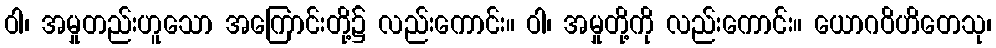
ဝါ၊ အမှုတည်းဟူသော အကြောင်းတို့၌ လည်းကောင်း။ ဝါ၊ အမှုတို့ကို လည်းကောင်း။ ယောဂဝိဟိတေသု၊